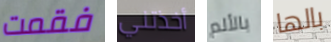
فقمت أخذتني بالألم بالها